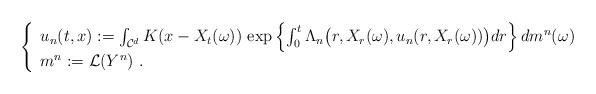
LaTeX: \begin{align*} \left\{ \begin{array}{l} u_{n}(t,x) := \int_{\mathcal{C}^d} K(x-X_t(\omega)) \, \exp \left \{\int_{0}^{t}\Lambda_{n} \big (r,X_r(\omega),u_{n}(r,X_r(\omega))\big )dr\right \} dm^{n}(\omega) \, \\m^n:=\mathcal{L}(Y^n)\ . \end{array} \right . \end{align*}